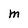
Character: m